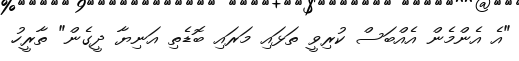
"އެ އެންމެން އެއްބަސް ކުރިވީ ތަޅައި މަރައި ބޮޑެތި އަނިޔާ ދީގެން" ތާރީހު